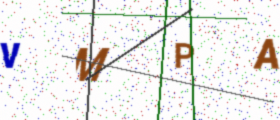
Text: VMPA